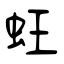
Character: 蚟